Report of the Municipal Commissioner on the plague in Bombay for the year ending 31st May... - Volume 1
Disease focus: Plague
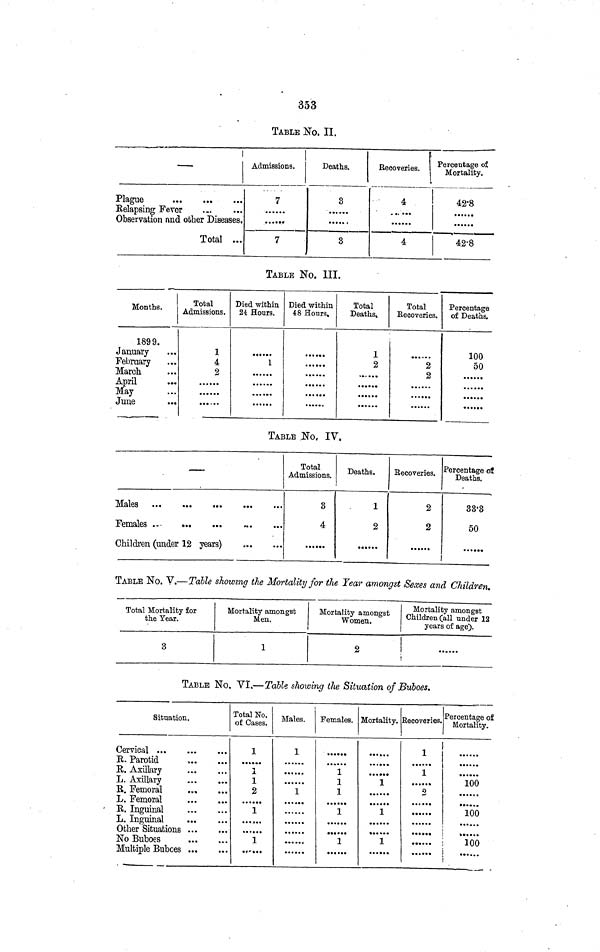
353
TABLE No. II.
Plague
Relapsing Fever
Observation and other Diseases,
Total ...
Admissions.
7
.........
7
Deaths.
3
3
Recoveries.
__
····»·
4
Percentage of
Mortality.
42·8
.......
42·8
TABLE No. III.
Months.
1899.
January
February
March
April
May
June
...
Total
Admissions.
1
4
2
..····
... · · .
Died within
24. Hours.
......
1
......
......
Died within
48 Hours.
......
......
......
Total
Deaths,
1
2
······
« · · t · ·
Total
Eecoveries.
.......
2
2
......
Percentage
of Deaths.
100
50
• · · ·· ·
······
TABLE .No. IV.
Males
Females
Children (under 12 years)
Total
Admissions.
3
4
Deaths.
1
2
Recoveries.
2
2
Percentage of
Deaths.
33·3
50
. · · ···
TABLE No. V.—Talle showing the Mortality for the Year amongst Sexes and Children»
Total Mortality for
the Year.
3
Mortality amongst
Men.
1
Mortality amongst
Women.
2
Mortality amongst
Children (all under 12
years of age).
TABLE No. VI.— Table showing the Situation of Buboes.
Situation.
Cervical
R. Parotid
R. Axillary
L. Axillary
R. Femoral ....
L. Femoral
R. Inguinal
L. Inguinal
Other Situations
No Buboes
Multiple Bubces
Total No.
of Gases.
1
.1
1
2
1
1
1
Males.
1
......
1
,
Females.
1
1
1
1
1
Mortality.
··· ·*·
1
......
1
1
Recoveries.
1
1
......
2
··....
Percentage of
Mortality.
......
100
·····»
*··· »·
100
100
I